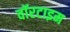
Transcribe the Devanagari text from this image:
वॉरटाइम